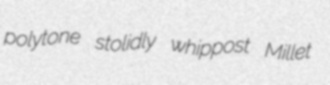
polytone stolidly whippost Millet